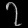
Digit: ၇